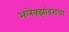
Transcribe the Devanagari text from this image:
अलेक्झांडराचा